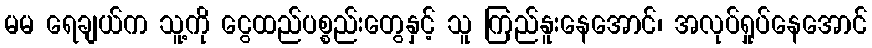
မမ ရေချယ်က သူ့ကို ငွေထည်ပစ္စည်းတွေနှင့် သူ ကြည်နူးနေအောင်၊ အလုပ်ရှုပ်နေအောင်